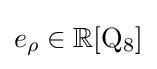
e_{\rho }\in \mathbb {R} [\mathrm {Q} _{8}]